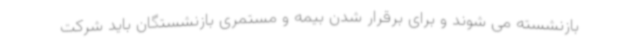
بازنشسته می شوند و برای برقرار شدن بیمه و مستمری بازنشستگان باید شرکت